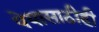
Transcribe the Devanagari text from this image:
पेयासाठीही